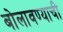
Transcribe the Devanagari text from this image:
बोलावण्याची